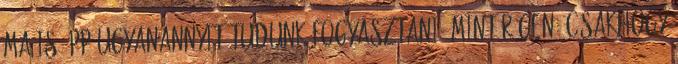
ma is épp ugyanannyit tudunk fogyasztani, mint régen. Csakhogy